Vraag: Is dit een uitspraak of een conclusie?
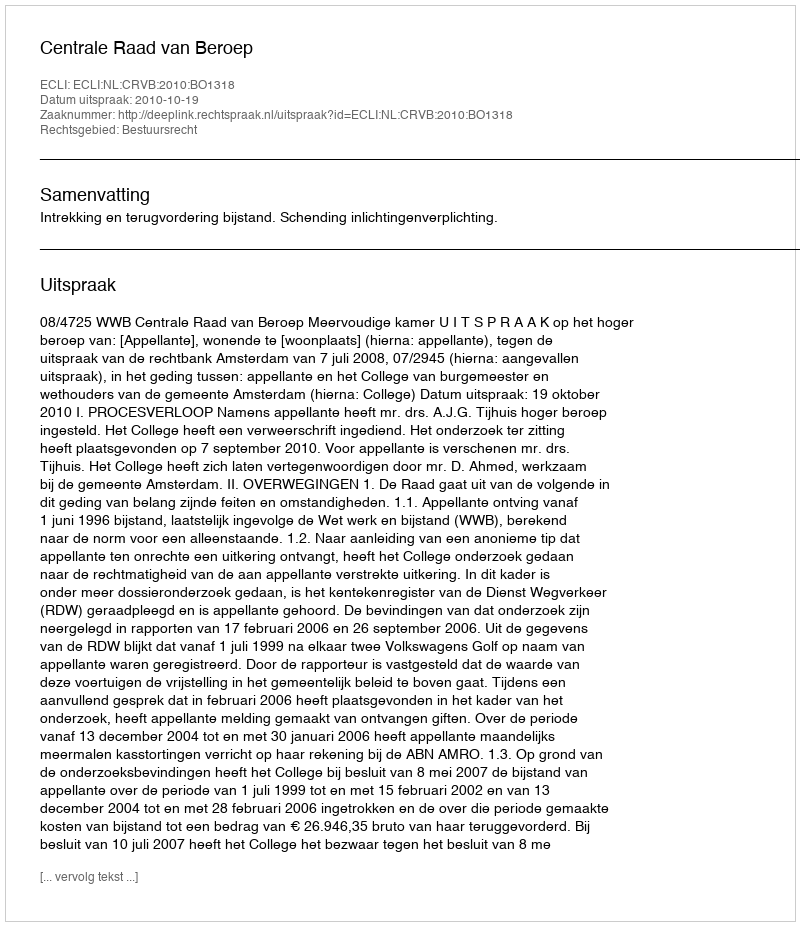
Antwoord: Uitspraak